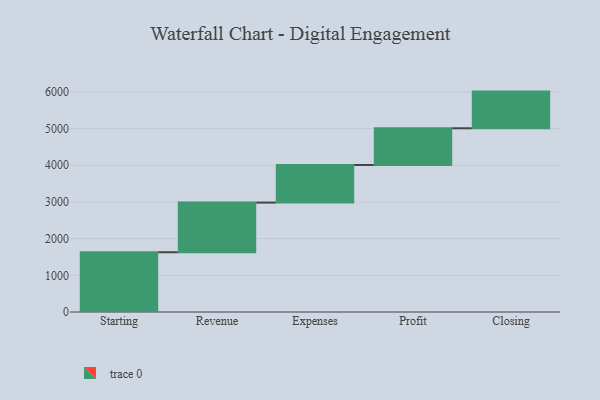
{"axis": {"x": "Step", "y": "Value"}, "legend": [""], "data": [{"x": "Starting", "y": 1629.0, "type": ""}, {"x": "Revenue", "y": 1353.0, "type": ""}, {"x": "Expenses", "y": 1026.0, "type": ""}, {"x": "Profit", "y": 1000, "type": ""}, {"x": "Closing", "y": 1000, "type": ""}]}